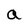
Character: a